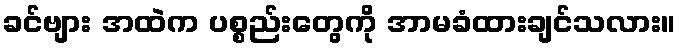
ခင်ဗျား အထဲက ပစ္စည်းတွေကို အာမခံထားချင်သလား။